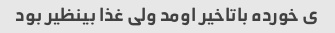
ی خورده باتاخیر اومد ولی غذا بینظیر بود